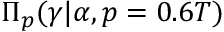
\Pi _ { p } ( \gamma \vert \alpha , p = 0 . 6 T )